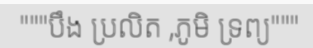
"""បឹង ប្រលិត ,ភូមិ ទ្រព្យ"""